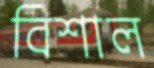
বিশাল